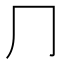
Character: ⺆